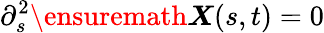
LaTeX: \partial_{s}^{2}{\ensuremath\boldsymbol{X}}(s,t)=0